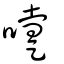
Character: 嚏